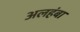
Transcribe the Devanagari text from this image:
अलहंबा